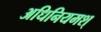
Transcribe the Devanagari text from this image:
अधिनियमश्